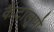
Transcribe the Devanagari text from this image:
कैंटालूपो